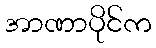
အာဏာပိုင်က